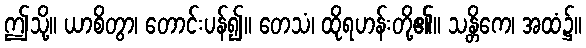
ဤသို့။ ယာစိတွာ၊ တောင်းပန်၍။ တေသံ၊ ထိုရဟန်းတို့၏။ သန္တိကေ၊ အထံ၌။